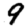
Digit: 9